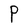
Character: P